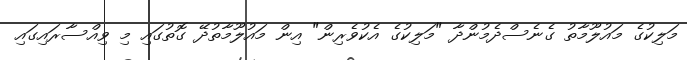
މަލިކުގެ މައުލޫމާތު ގެނެސްދެމުންދާ "މަލިކުގެ އެކުވެރިން" އިން މައުލޫމާތުދޭ ގޮތުގައި މި ވިއްސާރައިގައި